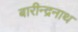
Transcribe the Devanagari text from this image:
बारीन्द्रनाथ